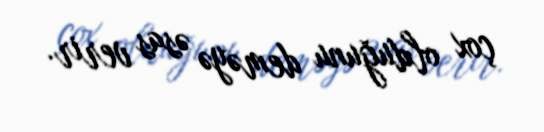
çox olduğunu deməyə əsas verir.